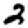
Digit: 2